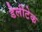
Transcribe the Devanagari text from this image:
डेलीटेक